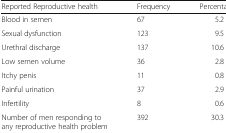
<table><thead><tr><td><b>Reported Reproductive health</b></td><td><b>Frequency</b></td><td><b>Percentage</b></td></tr></thead><tbody><tr><td>Blood in semen</td><td>67</td><td>5.2</td></tr><tr><td>Sexual dysfunction</td><td>123</td><td>9.5</td></tr><tr><td>Urethral discharge</td><td>137</td><td>10.6</td></tr><tr><td>Low semen volume</td><td>36</td><td>2.8</td></tr><tr><td>Itchy penis</td><td>11</td><td>0.8</td></tr><tr><td>Painful urination</td><td>37</td><td>2.9</td></tr><tr><td>Infertility</td><td>8</td><td>0.6</td></tr><tr><td>Number of men responding to any reproductive health problem</td><td>392</td><td>30.3</td></tr></tbody></table>